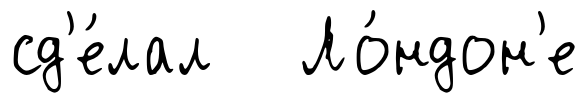
сд'е́лал Ло́ндон'е